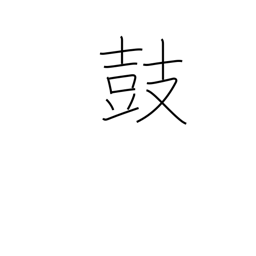
Meaning: muster